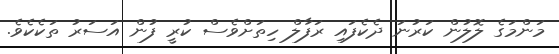
މަންމަގެ ލޮލުން ކަރުނަ ދެކެފައި ރަފާލް ހިތަށްވެސް ކުރީ ފުން އަސަރު ތަކެކެވެ.